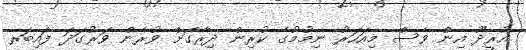
އުރީދޫ އިން ވެސް މިއަހަރު ނިމުމުގެ ކުރިން ދިރާގަށް ވުރެން ވަރުގަދަ ފައިބަރ